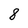
Character: 8